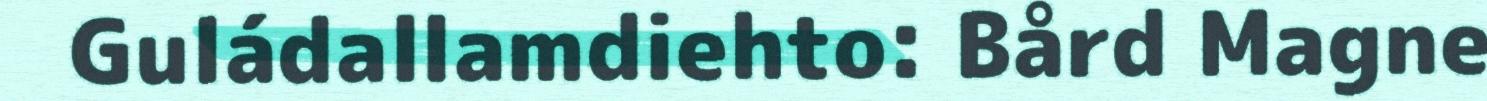
Guládallamdiehto: Bård Magne